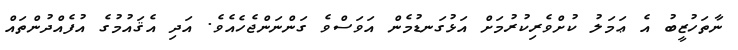
ނާތަހުޒީބު އެ ޢަމަލު ކުށްވެރިކުރުމަށް އަޅުގަނޑުމެން އަވަސްވެ ގަންނަންޖެހެއެވެ. އަދި އެޤައުމުގެ އުފެއްދުންތައް